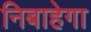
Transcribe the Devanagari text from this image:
निबाहेगा